Relation of titanus [i.e. tetanus] to the hypodermic or intramuscular injection of quinine - Number 43
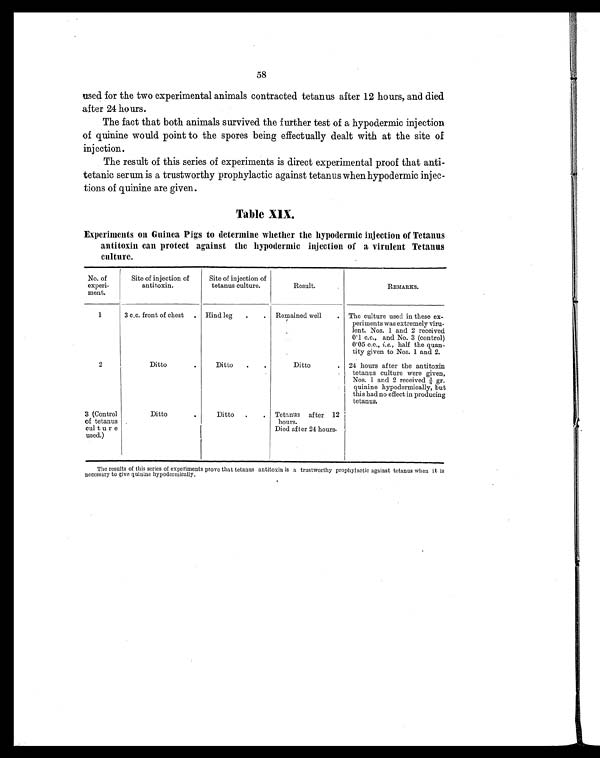
58
used for the two experimental animals contracted tetanus after 12 hours, and died
after 24 hours.
The fact that both animals survived the further test of a hypodermic injection
of quinine would point to the spores being effectually dealt with at the site of
injection.
The result of this series of experiments is direct experimental proof that anti-
tetanic serum is a trustworthy prophylactic against tetanus when hypodermic injec-
tions of quinine are given.
Table XIX.
Experiments on Guinea Pigs to determine whether the hypodermic injection of Tetanus
antitoxin can protect against the hypodermic injection of a virulent Tetanus
culture.
No. of
experi-
ment.
Site of injection of
antitoxin.
Site of injection of
tetanus culture.
Result.
REMARKS.
1
3 c.c. front of chest . Hind leg . . Remained well . The culture used in these ex-
periments was extremely viru-
lent. Nos. 1 and 2 received
0.1 c.c., and No. 3 (control)
0.05 c.c., i.e., half the quan-
tity given to Nos. 1 and 2.
2
D i t t o
.
Ditto . .
Ditto
. 24 hours after the antitoxin
tetanus culture were given,
Nos. 1 and 2 received ¾ gr.
quinine hypodermically, but
this had no effect in producing
tetanus.
3 (Control
of tetanus
culture
used.)
Ditt o
.
Ditto
. .
Tetanus after 12
hours.
Died after 24 hours.
The results of this series of experiments prove that tetanus antitoxin is a trustworthy prophylactic against tetanus when it is
necessary to give quinine hypodermically.